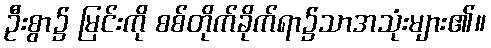
ဦးစွာ၌ မြင်းကို စစ်တိုက်ခိုက်ရာ၌သာအသုံးများ၏။